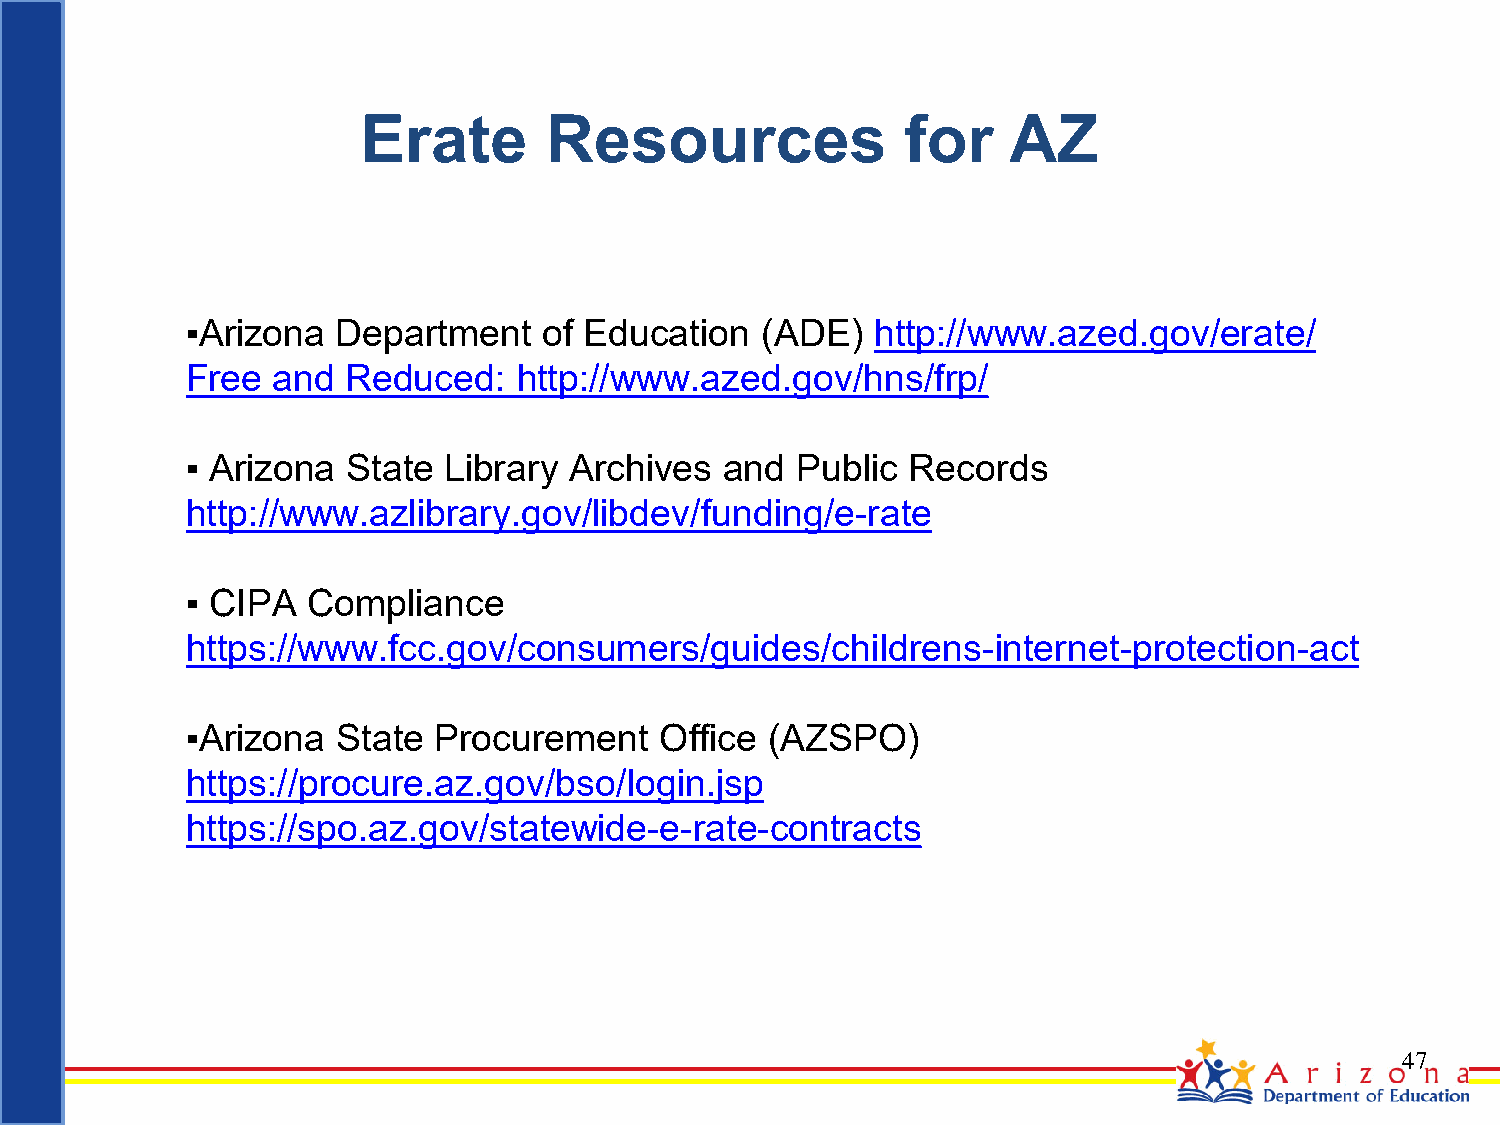
Erate       Resources               for    AZ
 ▪Arizona  Department    of Education  (ADE)   http://www.azed.gov/erate/
 Free  and  Reduced:   http://www.azed.gov/hns/frp/
 ▪ Arizona  State Library  Archives  and  Public Records
 http://www.azlibrary.gov/libdev/funding/e-rate
 ▪ CIPA  Compliance
 https://www.fcc.gov/consumers/guides/childrens-internet-protection-act
 ▪Arizona  State  Procurement    Office (AZSPO)
 https://procure.az.gov/bso/login.jsp
 https://spo.az.gov/statewide-e-rate-contracts
 47